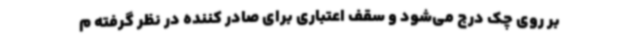
بر روی چک درج می‌شود و سقف اعتباری برای صادر کننده در نظر گرفته م